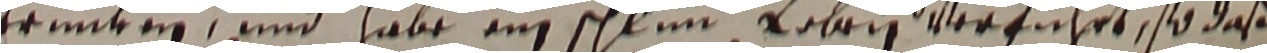
trunken und habe ein schlimm loben verführt, so daß